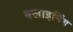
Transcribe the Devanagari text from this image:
क्लाइमिंग